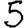
Digit: 5